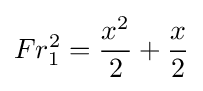
Fr_{1}^{2}={\frac {x^{2}}{2}}+{\frac {x}{2}}